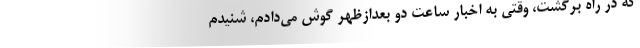
که در راه برگشت، وقتی به اخبار ساعت دو بعدازظهر گوش می‌دادم، شنیدم